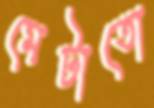
মেটাতো